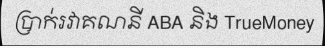
ប្រាក់រវាគណនី ABA និង TrueMoney